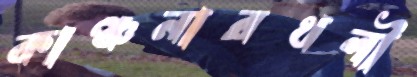
কাঞ্চনারথলী